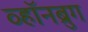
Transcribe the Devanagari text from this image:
व्हॉनब्रुग